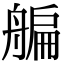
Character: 艑